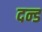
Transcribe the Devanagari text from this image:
दन्ड